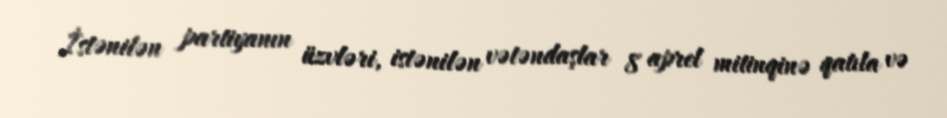
İstənilən partiyanın üzvləri, istənilən vətəndaşlar 8 aprel mitinqinə qatıla və